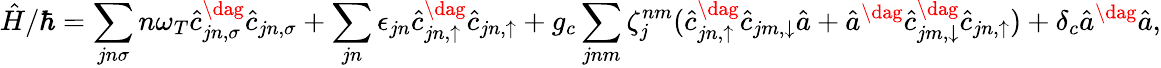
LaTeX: \hat{H}/\hbar=\sum_{jn\sigma}n\omega_{T}\hat{c}_{jn,\sigma}^{\dag}\hat{c}_{jn,\sigma}+\sum_{jn}\epsilon_{jn}\hat{c}_{jn,\uparrow}^{\dag}\hat{c}_{jn,\uparrow}+g_{c}\sum_{jnm}\zeta_{j}^{nm}(\hat{c}_{jn,\uparrow}^{\dag}\hat{c}_{jm,\downarrow}\hat{a}+\hat{a}^{\dag}\hat{c}_{jm,\downarrow}^{\dag}\hat{c}_{jn,\uparrow})+\delta_{c}\hat{a}^{\dag}\hat{a},